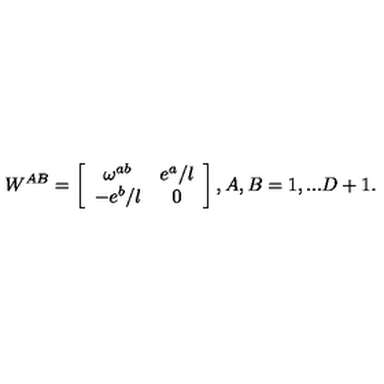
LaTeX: W ^ { A B } = \left[ \begin{array} { c c } { \omega ^ { a b } } & { e ^ { a } / l } \\ { - e ^ { b } / l } & { 0 } \\ \end{array} \right] , A , B = 1 , . . . D + 1 .